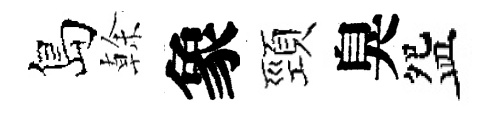
島𠏉象頸臭盌